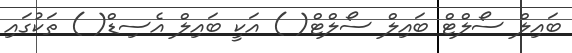
ބައިލް ސޯލްޓް ބައިލް ސޯލްޓް( ) އަކީ ބައިލް އެސިޑް( ) ތަކުގައި